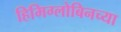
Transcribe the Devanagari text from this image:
हिमिग्लोबिनच्या